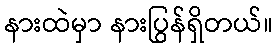
နားထဲမှာ နားပြွန်ရှိတယ်။